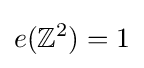
e(\mathbb {Z} ^{2})=1